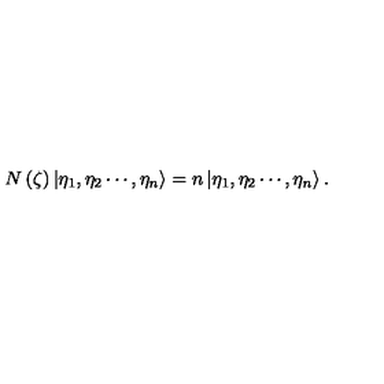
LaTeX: N \left( \zeta \right) \left| \eta _ { 1 } , \eta _ { 2 } \cdots , \eta _ { n } \right\rangle = n \left| \eta _ { 1 } , \eta _ { 2 } \cdots , \eta _ { n } \right\rangle .